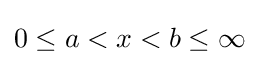
0\leq a<x<b\leq \infty